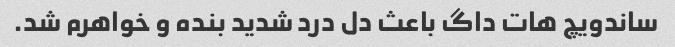
ساندویچ هات داگ باعث دل درد شدید بنده و خواهرم شد.